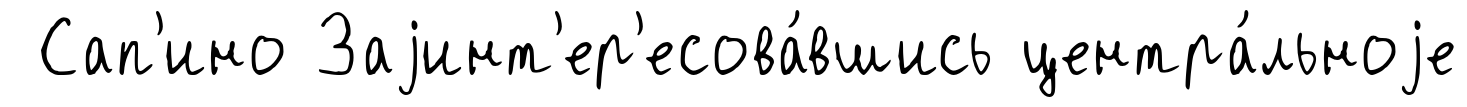
Сап'ино Заjинт'ер'есова́вшись центра́льноjе